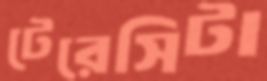
টেরেসিটা